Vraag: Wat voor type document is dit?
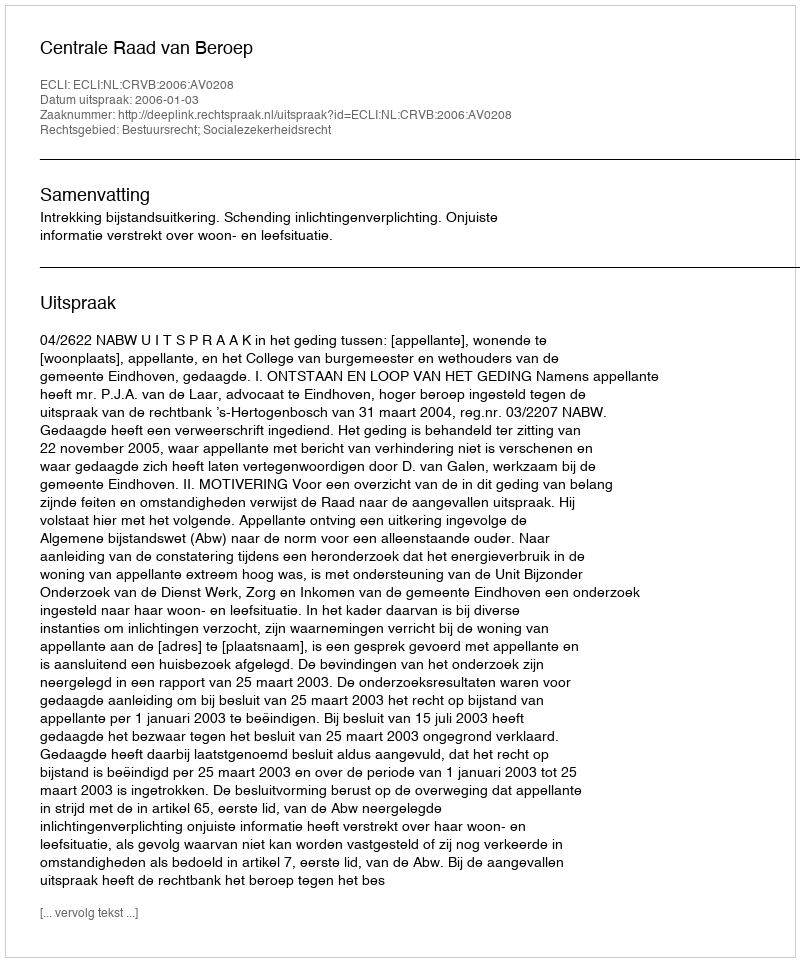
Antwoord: Uitspraak